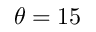
\theta = 1 5